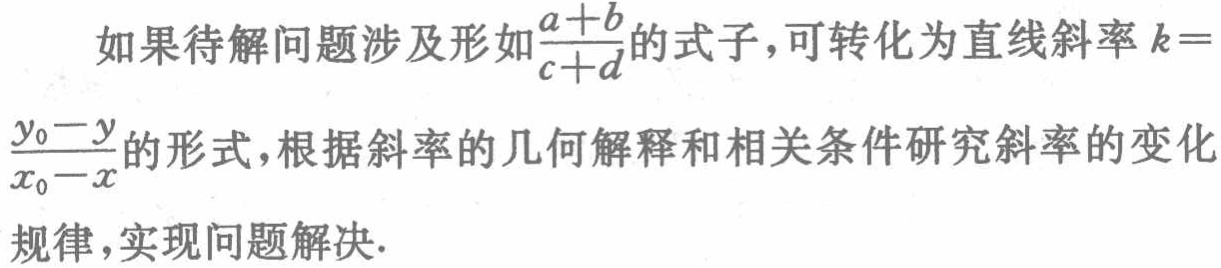
如果待解问题涉及形如$\frac{a + b}{c + d}$的式子，可转化为直线斜率$k = \frac{y_0 - y}{x_0 - x}$的形式，根据斜率的几何解释和相关条件研究斜率的变化规律，实现问题解决.